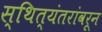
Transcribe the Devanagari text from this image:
स्थित्यंतरांवरून